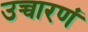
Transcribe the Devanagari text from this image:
उच्चारणं